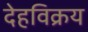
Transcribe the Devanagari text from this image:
देहविक्रय